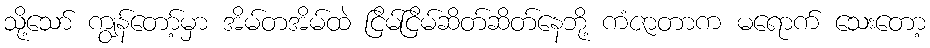
သို့သော် ကျွန်တော့်မှာ အိမ်တအိမ်ထဲ ငြိမ်ငြိမ်ဆိတ်ဆိတ်နေဘို့ ကံဇာတာက မရောက် သေးတော့